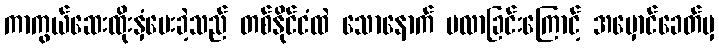
ကာကွယ်ဆေးထိုးနှံပေးခဲ့သည် တစ်နိုင်ငံထဲ သောနောက် မလာခြင်းကြောင့် အမှောင်ခေတ်မှ